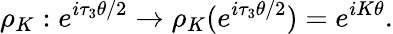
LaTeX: {\rho}_{K}:e^{i{\tau}_{3}\theta/2}\rightarrow{\rho}_{K}(e^{i{\tau}_{3}\theta/2})=e^{iK\theta}.